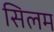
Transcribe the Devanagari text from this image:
सिलम